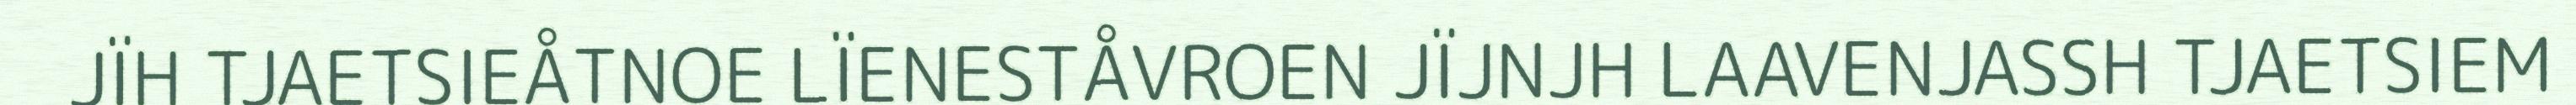
JÏH TJAETSIEÅTNOE LÏENESTÅVROEN JÏJNJH LAAVENJASSH TJAETSIEM